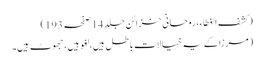
(کشف الغطاء، روحانی خزائن جلد 14 صفحہ 193)
(مرزا کے یہ خیالات باطل ہیں، لغو ہیں، جھوٹ ہیں۔